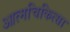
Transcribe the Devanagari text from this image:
आत्मचिकित्सा